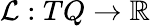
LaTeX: \mathcal{L}:TQ\rightarrow\mathbb{R}